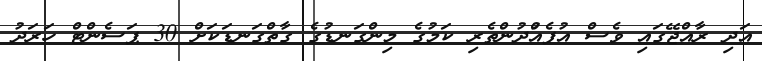
އަދި ރާއްޖޭގައި ވެސް އުފެއްުދުންތެރި ކަމުގެ މިންގަނޑުގެ ގާތްގަނޑަކަށް 30 ޕަސެންޓް ހަރަދު